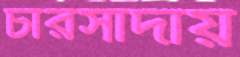
চারসাদায়